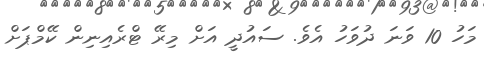
މަހު 10 ވަނަ ދުވަހު އެވެ. ސައުދީ އަށް މިރޭ ޓްރެއިނިން ކޭމްޕަށް